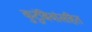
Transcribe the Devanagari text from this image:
कुटुंबियांसहित